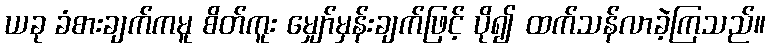
ယခု ခံစားချက်ကမူ စိတ်ကူး မျှော်မှန်းချက်ဖြင့် ပို၍ ထက်သန်လာခဲ့ကြသည်။